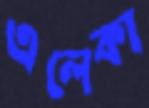
এলেকা